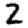
Digit: 2